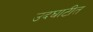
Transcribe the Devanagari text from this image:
उदघाटीत